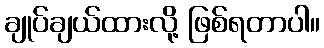
ချုပ်ချယ်ထားလို့ ဖြစ်ရတာပါ။